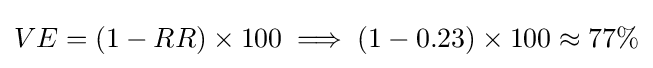
VE=(1-RR)\times 100\implies (1-0.23)\times 100\approx 77\%